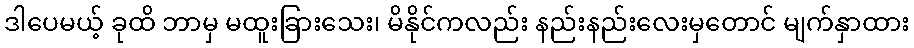
ဒါပေမယ့် ခုထိ ဘာမှ မထူးခြားသေး၊ မိနိုင်ကလည်း နည်းနည်းလေးမှတောင် မျက်နှာထား